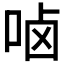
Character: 𠳱